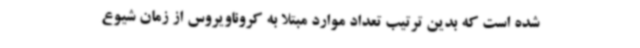
شده است که بدین ترتیب تعداد موارد مبتلا به کروناویروس از زمان شیوع